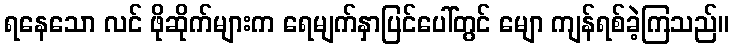
ရနေသော လင် ဖိုဆိုက်များက ရေမျက်နှာပြင်ပေါ်တွင် မျော ကျန်ရစ်ခဲ့ကြသည်။